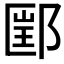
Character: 𰻲